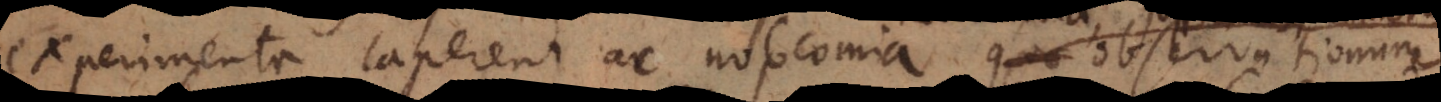
experimenta caperent ac nosocomia, quae observationum